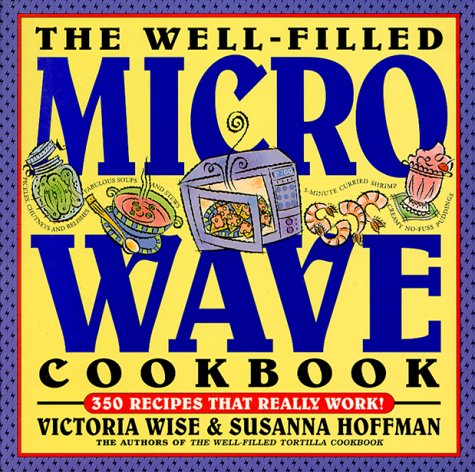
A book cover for The Well-Filled Microwave Cookbook (Well-Filled Series , No 2); Victoria Wise; Cookbooks, Food & Wine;